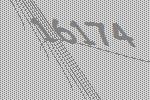
16174